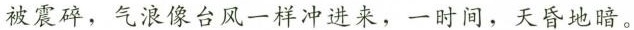
被震碎，气浪像台风一样冲进来，一时间，天昏地暗。